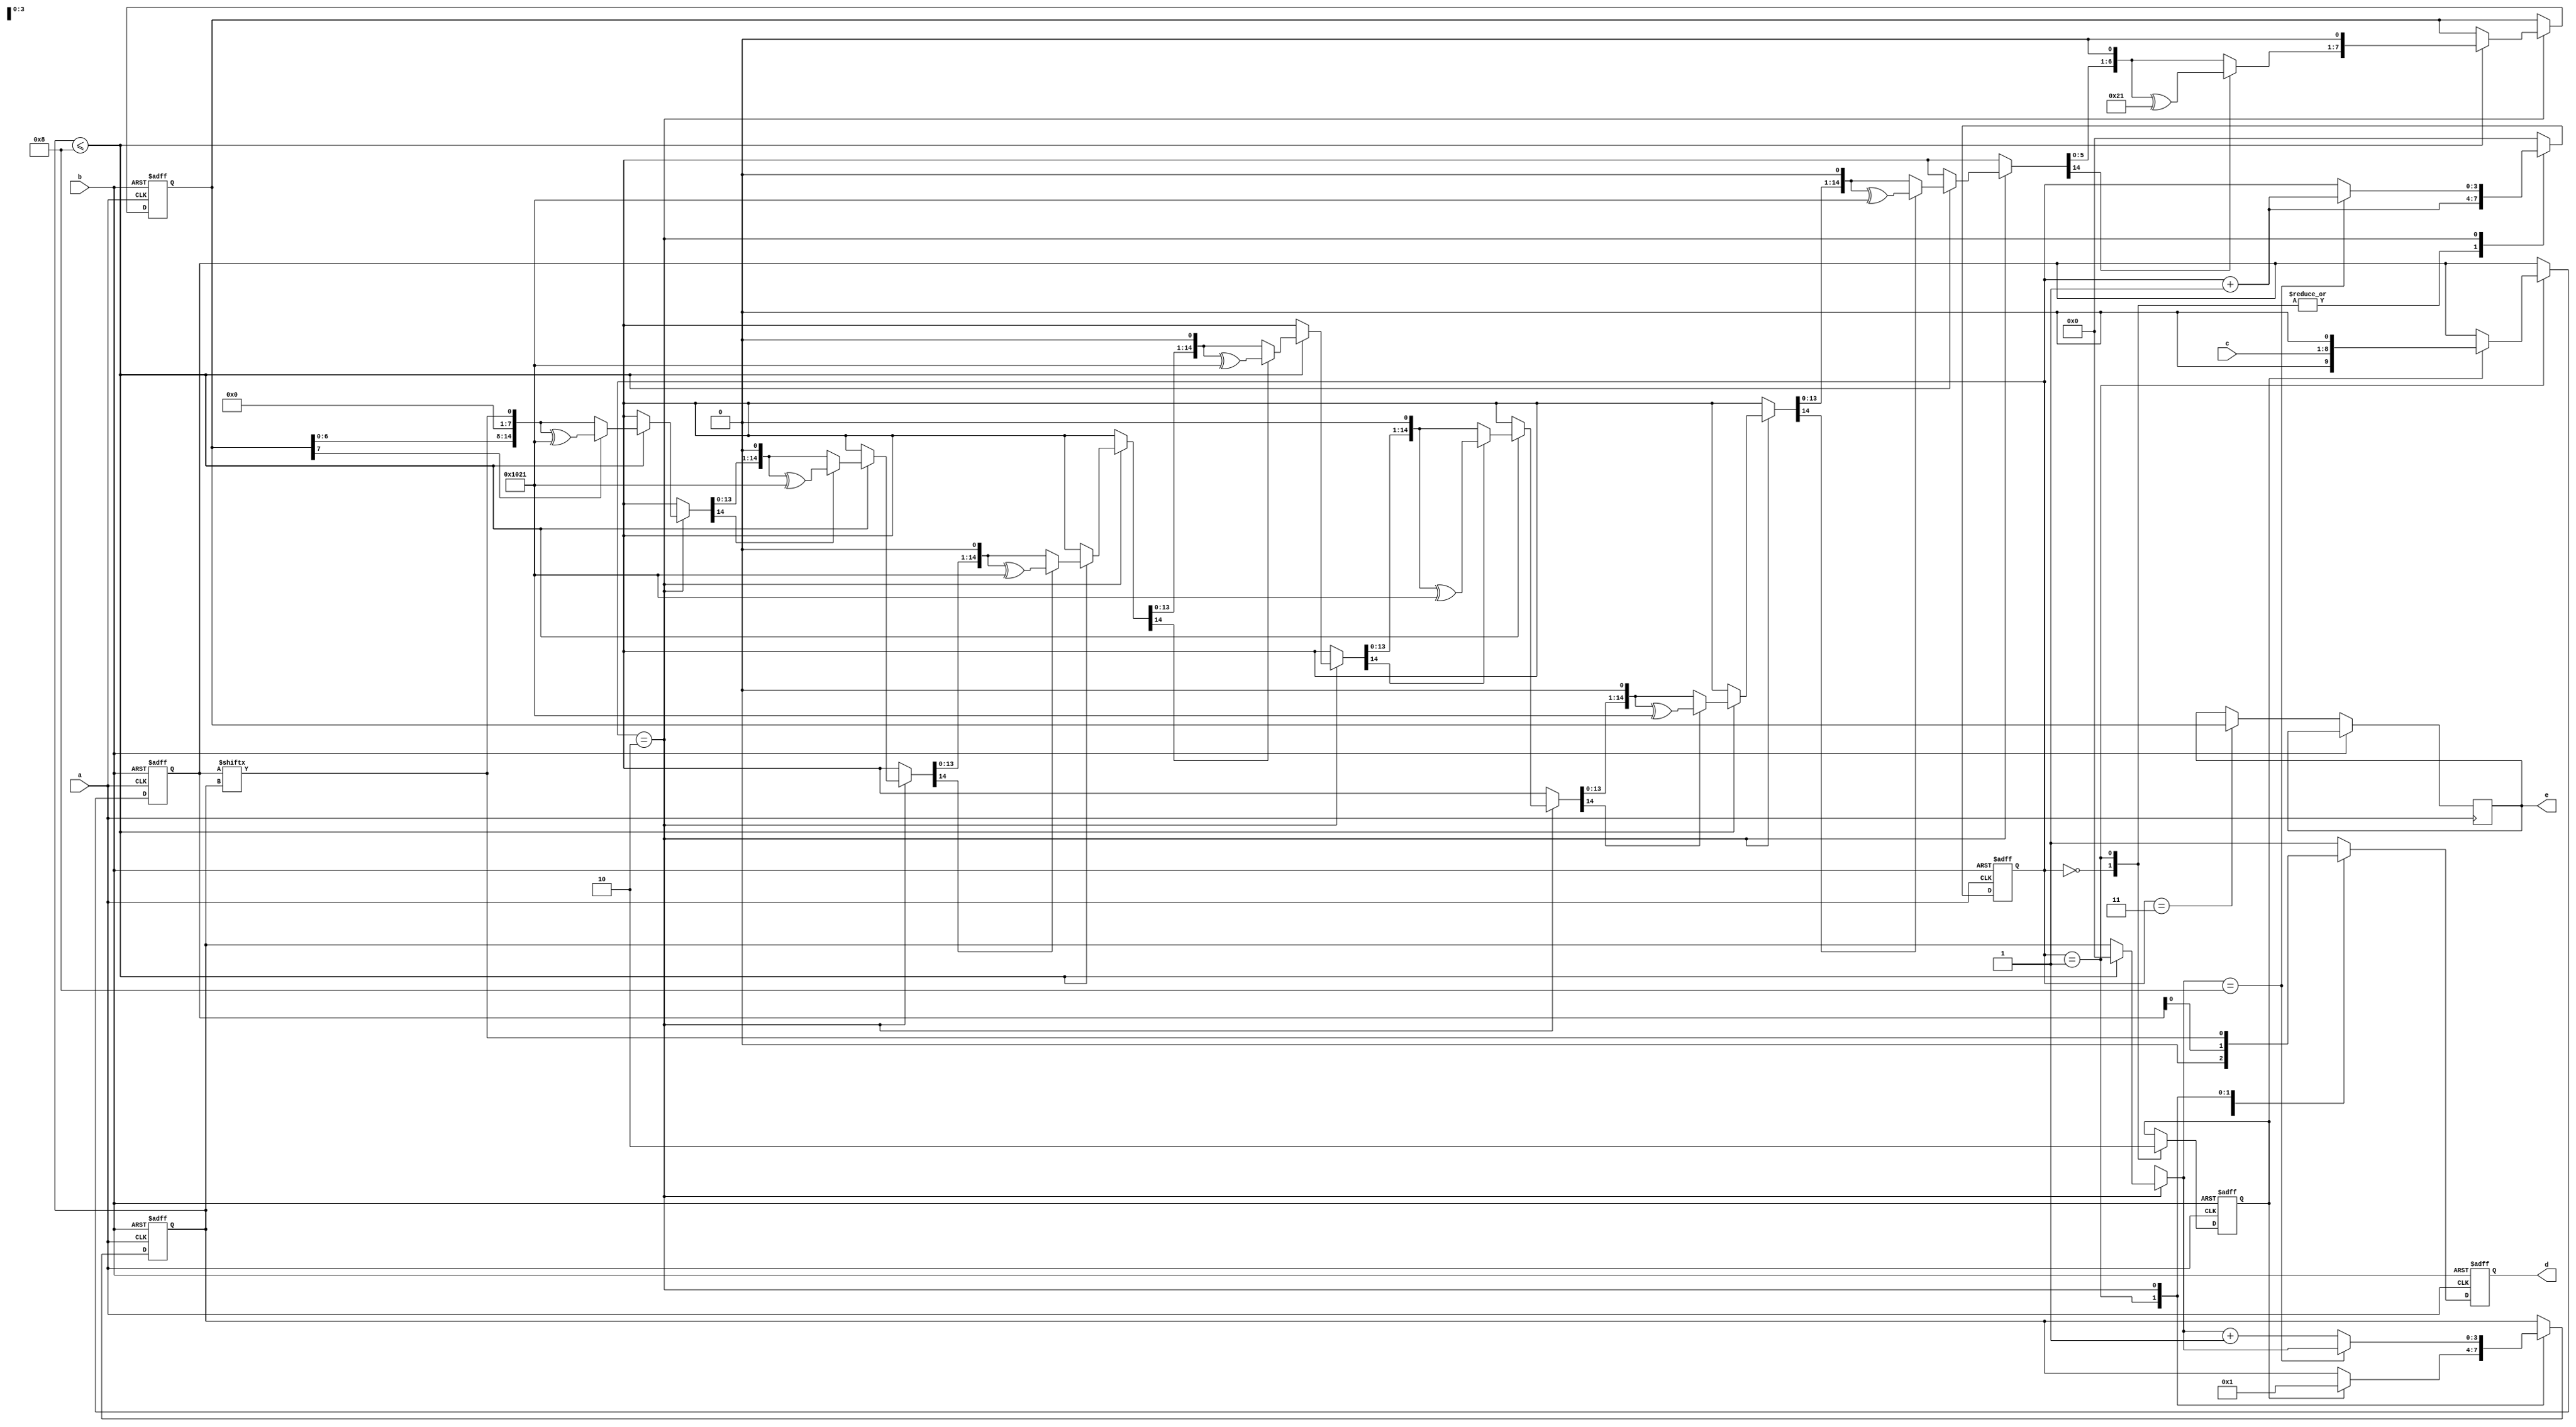
`timescale 1ns / 1ps

module uart_transmitter(
    input wire a,             // clk i/p
    input wire b,           // rst i/p
    input wire [7:0] c,   // dt i/p
    output reg d,         // UART TX o/p
    output reg [7:0] e // Checksum o/p
);

// Internal state variables
reg [3:0] f;
reg [3:0] g;
reg h;

// Baud rate divisor (for 9600 baud rate)
parameter i = 26'h1A2; // Adjust for desired baud rate

// UART data register
reg [9:0] j;

// Checksum register
reg [7:0] k;

// (16-bit CRC-CCITT)
parameter [15:0] l = 16'h1021;

// Initialize st vars
always @(posedge a or posedge b) begin
    if (b) begin
        f <= 4'b0;
        g <= 4'b0;
        h <= 1'b0;
        j <= 10'b0;
        d <= 1'b1; // Idle state (high)
        k <= 8'b0; // Initialize ch_sum register
    end else begin
        // UART frame transmission
        case (f)
            4'b0000: begin
                d <= 1'b0; // Start bit
                h <= 1'b1;
                f <= f + 1;
            end
            4'b0001: begin
                if (h) begin
                    j <= {c, 1'b0}; // Load dt and stop bit
                    g <= 4'b0001;
                    h <= 1'b0;
                end
                d <= j[0]; // o/p LSB of data
                f <= f + 1;
            end
            4'b0010: begin
                d <= j[g]; // o/p data bits
                // Calculate checksum using CRC
                if (g[3:0] <= 8) begin
                    k <= crc_update(j[g], k);
                end
                if (g == 4'b1000) begin
                    f <= f + 1; // Move to stop bit
                end else begin
                    g <= g + 1;
                end
            end
            4'b0011: begin
                d <= 1'b1; // Stop bit
                e <= k; // o/p ch_sum
                f <= 4'b0; // rst count for next frame
            end
            default: begin
                d <= 1'b1; // Default to idle state
                f <= 4'b0; // rst count for next frame
            end
        endcase
    end
end

// CRC update function
function [7:0] crc_update;
    input [7:0] m;
    input [7:0] n;
    reg [15:0] o;
begin
    o = {n, m};
    for (g = 8; g > 0; g = g - 1) begin
        if (o[15] == 1'b1) begin
            o = o ^ l;
        end
        o = {o[14:0], 1'b0};
    end
    crc_update = o[7:0];
end
endfunction

endmodule